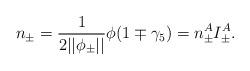
LaTeX: \begin{align*}n_{\pm }=\frac 1{2||\phi _{\pm }||}\phi (1\mp \gamma _5)=n_{\pm}^AI_{\pm }^A.\end{align*}